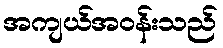
အကျယ်အဝန်းသည်